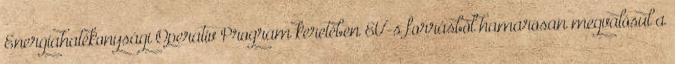
Energiahatékonysági Operatív Program keretében EU-s forrásból hamarosan megvalósul a